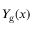
Y _ { \mathrm { g } } ( x )